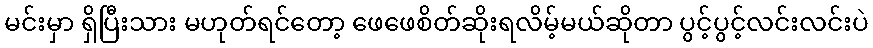
မင်းမှာ ရှိပြီးသား မဟုတ်ရင်တော့ ဖေဖေစိတ်ဆိုးရလိမ့်မယ်ဆိုတာ ပွင့်ပွင့်လင်းလင်းပဲ